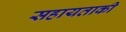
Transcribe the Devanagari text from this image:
सहायताकी